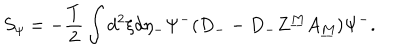
S _ { \psi } = - { \frac { T } { 2 } } \int d ^ { 2 } \xi d \eta _ { - } \Psi ^ { - } ( D _ { -- } D _ { - } Z ^ { \underline { { M } } } A _ { \underline { { M } } } ) \Psi ^ { - } .